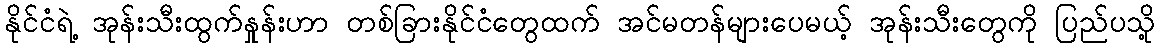
နိုင်ငံရဲ့ အုန်းသီးထွက်နှုန်းဟာ တစ်ခြားနိုင်ငံတွေထက် အင်မတန်များပေမယ့် အုန်းသီးတွေကို ပြည်ပသို့